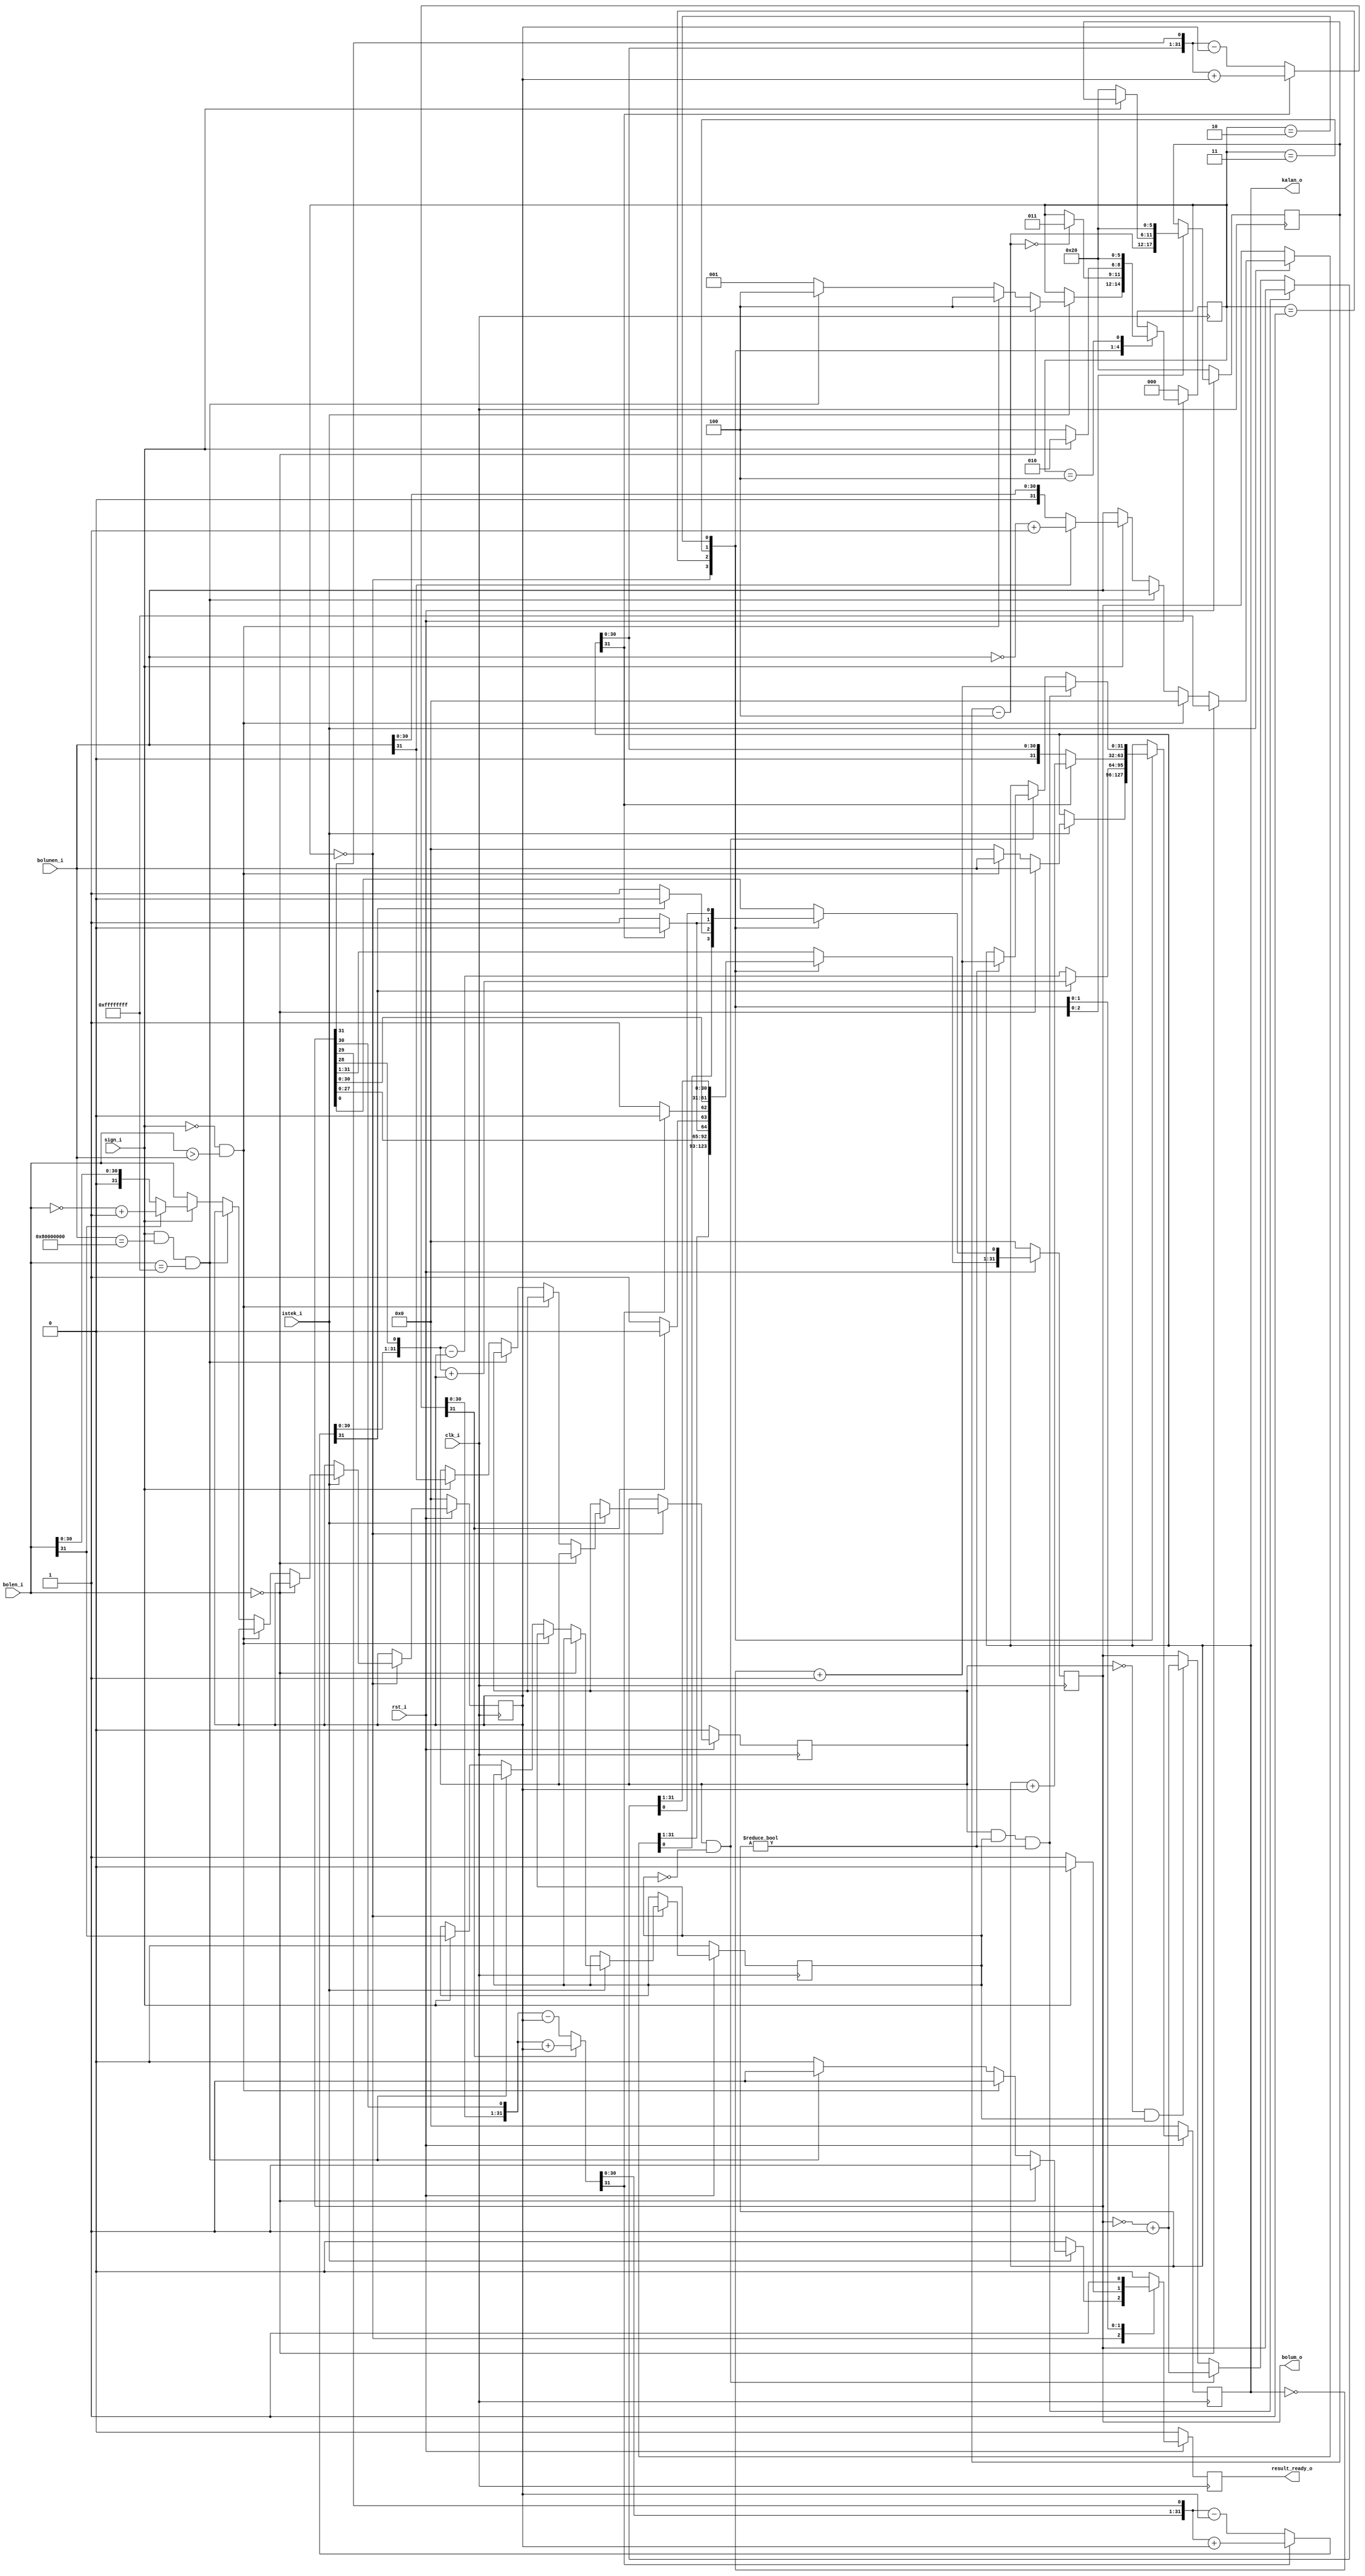
`timescale 1ns / 1ps

//9 CEVRIM/
module bolme(
   input            clk_i,
   input            rst_i,
   
   input            istek_i, 
   input            sign_i, //unsigned:0, signed:1
   input   [31:0]   bolunen_i,
   input   [31:0]   bolen_i,
   
   output  [31:0]   bolum_o,
   output  [31:0]   kalan_o,
   output           result_ready_o
);

   reg [5:0] Ncounter_ns;
   reg [5:0] Ncounter_r;
   
   reg [31:0] a_ns;
   reg [31:0] a_2_ns;
   reg [31:0] a_3_ns;
   reg [31:0] a_4_ns;
   reg [31:0] q_ns;
   reg [31:0] q_2_ns;
   reg [31:0] q_3_ns;
   reg [31:0] q_4_ns;
   reg [31:0] m_ns;
   
   reg [31:0] a_r;
   reg [31:0] q_r;
   reg [31:0] m_r;  
   
   reg [31:0] a;//remainder
   
   reg result_ready_ns;
   reg result_ready_r;
   reg [2:0] durum_r; 
   reg [2:0] durum_ns;
   
   reg bolen_isaret_r;
   reg bolunen_isaret_r;
   reg bolen_isaret_ns;
   reg bolunen_isaret_ns;
       
   localparam ISLEM_BEKLE = 3'b000;
   localparam ISLEM       = 3'b001;
   localparam SIGNED_SONUC= 3'B010;
   localparam TAMAMLANDI  = 3'b011;
   localparam BOSTA  = 3'b100;
   
   assign bolum_o = q_r;
   assign kalan_o = a_r;  
   assign result_ready_o = result_ready_r; 
   
   always @* begin
      result_ready_ns   = 1'b0;
      a_ns              = a_r;
      q_ns              = q_r;
      m_ns              = m_r;
      Ncounter_ns       = Ncounter_r;
      durum_ns          = durum_r;
      bolen_isaret_ns   = bolen_isaret_r;   
      bolunen_isaret_ns = bolunen_isaret_r;
       
      case(durum_r)
         ISLEM_BEKLE: begin 
            if (istek_i) begin  
               if(bolen_i == 32'd0) begin //DIVISION BY ZERO!
                  if(sign_i)begin
                     q_ns=32'hffffffff; //-1
                  end
                  else begin
                     q_ns=32'hffffffff; // max 
                  end
                  a_ns = bolunen_i;
                  durum_ns = BOSTA;
                  result_ready_ns= 1'b1;
               end
               else if( !sign_i && (bolen_i > bolunen_i)) begin
                  a_ns = bolunen_i;
                  q_ns = 32'd0;
                  durum_ns = BOSTA;
                  result_ready_ns= 1'b1;
               end
               else if(sign_i == 1 && bolunen_i == 32'h80000000 && bolen_i == 32'hffffffff)begin //OVERFLOW
                  q_ns= bolunen_i;
                  a_ns = 32'd0;
                  durum_ns = BOSTA;
                  result_ready_ns= 1'b1;
               end
               else if(sign_i) begin
                  a_ns              = 32'd0;
                  m_ns              = bolen_i;
                  q_ns              = bolunen_i;    
                  if(bolen_i[31])begin
                     m_ns              = ~bolen_i + 1;           
                  end  
                  if(bolunen_i[31])begin
                     q_ns              = ~bolunen_i + 1;   
                  end    
                  bolen_isaret_ns   = bolen_i[31];   
                  bolunen_isaret_ns = bolunen_i[31];                 
                  durum_ns       = ISLEM;
               end
               else begin
                  a_ns               = 32'd0;
                  m_ns               = bolen_i;
                  q_ns               = bolunen_i;
                  if(bolen_i[31])begin
                     m_ns              = bolen_i;//~bolen_i + 1;           
                  end  
                  if(bolunen_i[31])begin
                     q_ns              = bolunen_i;//~bolunen_i + 1;   
                  end 
                  durum_ns       = ISLEM;                        
               end
            end
         end    
         ISLEM: begin
            if(a_r[31])begin
               a    = a_r << 1;
               a[0] = q_r[31];
               q_2_ns    = q_r << 1;
               a_2_ns = a + m_r;     
            end
            else begin
               a    = a_r << 1;
               a[0] = q_r[31];
               q_2_ns    = q_r << 1;
               a_2_ns = a - m_r;      
            end
            q_2_ns[0] = 1'b1;
            if(a_r[31])begin
               q_2_ns[0] = 1'b0;
            end              
            if(a_2_ns[31])begin
               a    = a_2_ns << 1;
               a[0] = q_2_ns[31];
               q_3_ns    = q_2_ns << 1;
               a_3_ns = a + m_r;    
            end
            else begin
               a    = a_2_ns << 1;
               a[0] = q_2_ns[31];
               q_3_ns    = q_2_ns << 1;
               a_3_ns = a - m_r;    
            end
            q_3_ns[0] = 1'b1;
            if(a_2_ns[31])begin
               q_3_ns[0] = 1'b0;
            end  

            if(a_3_ns[31])begin
               a    = a_3_ns << 1;
               a[0] = q_3_ns[31];
               q_4_ns    = q_3_ns << 1;
               a_4_ns = a + m_r;     
            end
            else begin
               a    = a_3_ns << 1;
               a[0] = q_3_ns[31];
               q_4_ns    = q_3_ns << 1;
               a_4_ns = a - m_r;    
            end
            q_4_ns[0] = 1'b1;
            if(a_3_ns[31])begin
               q_4_ns[0] = 1'b0;
            end           
            if(a_4_ns[31])begin
               a    = a_4_ns << 1;
               a[0] = q_4_ns[31];
               q_ns    = q_4_ns << 1;
               a_ns = a + m_r;    
            end
            else begin
               a    = a_4_ns << 1;
               a[0] = q_4_ns[31];
               q_ns    = q_4_ns << 1;
               a_ns = a - m_r;       
            end
            q_ns[0] = 1'b1;
            if(a_4_ns[31])begin
               q_ns[0] = 1'b0;
            end                
            
            Ncounter_ns = Ncounter_r - 4;
            
            if(Ncounter_ns == 6'd0)begin
               durum_ns = TAMAMLANDI;
            end
         end
         TAMAMLANDI: begin
            if(a_r[31])begin
               a_ns       = a_r + m_r;
            end
            q_ns    = q_r << 1;
            q_ns[0] = 1'b1;
            if(a_r[31])begin
              q_ns[0] = 1'b0;
            end
            if(sign_i) begin
               durum_ns        = SIGNED_SONUC;   
            end
            else begin
               result_ready_ns = 1'b1;  
               Ncounter_ns        = 6'd32;         
               durum_ns        = BOSTA;    
            end
         end
         SIGNED_SONUC: begin
            if(bolunen_isaret_r == 1 && bolen_isaret_r == 1 && a_r != 32'd0)begin
               a_ns = ~a_r+1;
            end
            else if(bolunen_isaret_r == 1 && bolen_isaret_r == 0) begin
               q_ns = ~(q_r)+1;                     
               if(a_r != 0) begin
                  q_ns = ~(q_r)+1; 
                  a_ns = ~a_r + 1; 
               end
            end
            else if(bolunen_isaret_r == 0 && bolen_isaret_r == 1) begin
               q_ns = ~(q_r)+1;                    
               if(a_r != 0) begin
                  q_ns = ~(q_r)+1;
                  a_ns = a_r;                                
               end
            end   
            Ncounter_ns        = 6'd32;
            result_ready_ns = 1'b1;        
            durum_ns        = BOSTA;          
         end
         BOSTA: begin
            durum_ns = ISLEM_BEKLE;
            result_ready_ns   = 1'b0;
         end
      endcase
   end
   
   always @(posedge clk_i)begin
      if(!rst_i)begin
         a_r               <= 32'd0;
         m_r               <= 32'd0;
         q_r               <= 32'd0;
         Ncounter_r        <= 6'd32;   
         durum_r           <= ISLEM_BEKLE;
         bolen_isaret_r    <= 1'b0;   
         bolunen_isaret_r  <= 1'b0;  
         result_ready_r    <= 1'b0;
      end
      else begin
         Ncounter_r        <= Ncounter_ns;
         a_r               <= a_ns;
         q_r               <= q_ns;
         m_r               <= m_ns;  
         durum_r           <= durum_ns;
         bolen_isaret_r    <= bolen_isaret_ns;   
         bolunen_isaret_r  <= bolunen_isaret_ns;
         result_ready_r    <= result_ready_ns;
      end
   end
   
endmodule